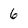
Character: 6